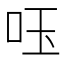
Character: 𠰧